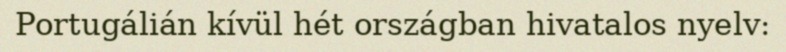
Portugálián kívül hét országban hivatalos nyelv: